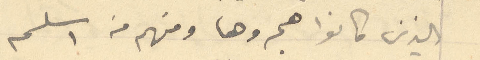
الذين كانوا هجروها ومنهم من اسلم